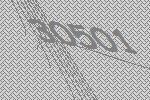
30501